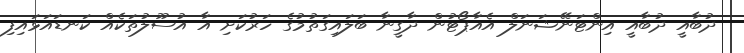
ދުބާއީ ދުބާއީ އިންޓަނޭޝަނަލް އެއާޕޯޓުން ދާގީނާ ބަލައިގަތުމުގެ ހަރުކަށި އާ އުސޫލުތަކެއް ކަނޑައަޅައިފި